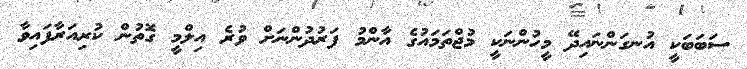
ސަބަބަކީ އުނގަންނައިދޭ މީހުންނަކީ މުޖްތަމައުގެ އާންމު ފަރުދުންނަށް ވުރެ އިލްމީ ގޮތުން ކުރިއަރާފައިވާ